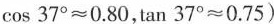
$$\cos 37^{\circ} \approx 0.80$$,$$ \tan 37^{\circ} \approx 0.75$$)